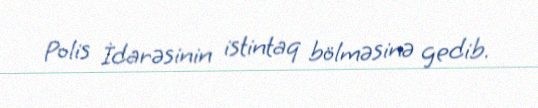
Polis İdarəsinin istintaq bölməsinə gedib.